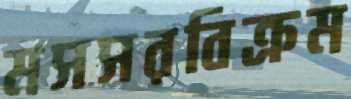
মসসরবিক্রম